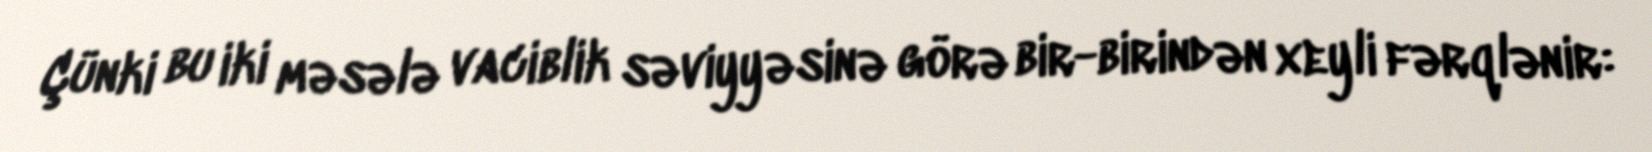
Çünki bu iki məsələ vaciblik səviyyəsinə görə bir-birindən xeyli fərqlənir: